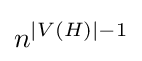
n^{|V(H)|-1}